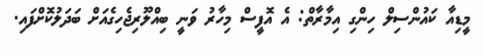
މީޑިއާ ކައުންސިލް ހިންގި އިމާރާތް: އެ އޮފީސް މިހާރު ވަނީ ބިއްލޫރިޖެހިގެއަށް ބަދަލުކޮށްފައި.